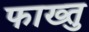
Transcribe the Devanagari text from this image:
फाख्तु